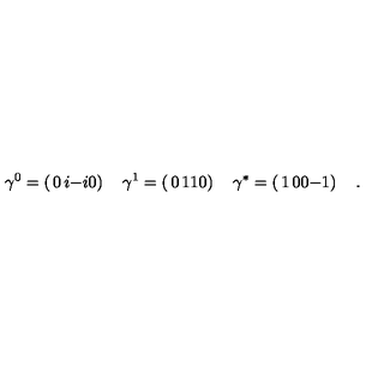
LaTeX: \gamma ^ { 0 } = \left( \begin{matrix} { 0 } & { i } \\ { - i } & { 0 } \\ \end{matrix} \right) \quad \gamma ^ { 1 } = \left( \begin{matrix} { 0 } & { 1 } \\ { 1 } & { 0 } \\ \end{matrix} \right) \quad \gamma ^ { * } = \left( \begin{matrix} { 1 } & { 0 } \\ { 0 } & { - 1 } \\ \end{matrix} \right) \quad .